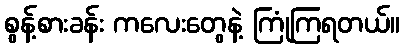
စွန့်စားခန်း ကလေးတွေနဲ့ ကြုံကြရတယ်။